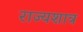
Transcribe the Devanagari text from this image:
राज्यशात्र